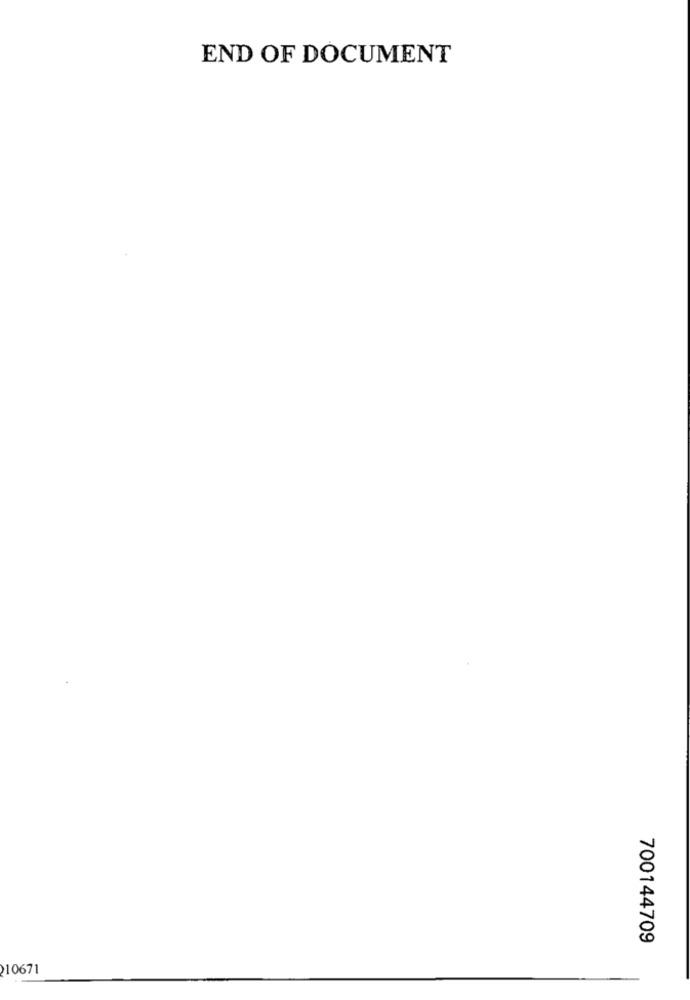
END OF DOCUMENT
700144709
210671